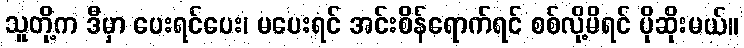
သူတို့က ဒီမှာ ပေးရင်ပေး၊ မပေးရင် အင်းစိန်ရောက်ရင် စစ်လို့မိရင် ပိုဆိုးမယ်။